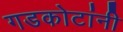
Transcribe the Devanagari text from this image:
गडकोटांनी